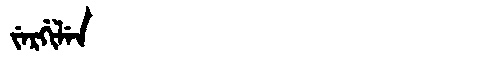
Manchu: ᠵᡝᡵᡤᡳᠯᡝᠨ
Romanization: JERGILEN